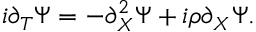
i \partial _ { T } \Psi = - \partial _ { X } ^ { 2 } \Psi + i \rho \partial _ { X } \Psi .